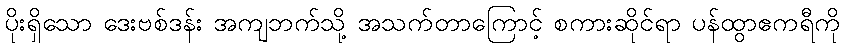
ပိုးရှိသော ဒေးဗစ်ဒန်း အကျဘက်သို့ အသက်တာကြောင့် စကားဆိုင်ရာ ပန်ထွာဧကရီကို